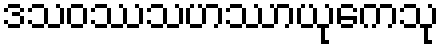
ဒသဝဿသဟဿာယုကေသု